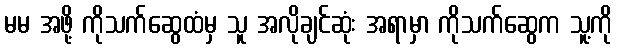
မမ အဖို့ ကိုသက်ဆွေထံမှ သူ အလိုချင်ဆုံး အရာမှာ ကိုသက်ဆွေက သူ့ကို